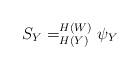
LaTeX: \begin{align*} S_Y = _{H(Y)}^{H(W)} \psi_Y\end{align*}